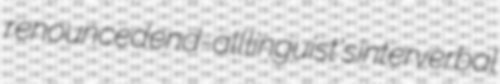
renounced end-all linguist's interverbal